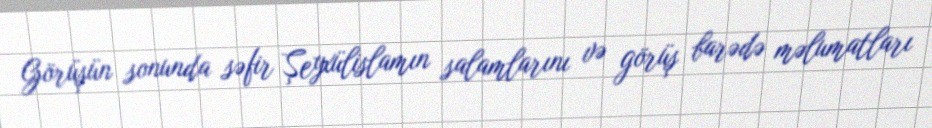
Görüşün sonunda səfir Şeyxülislamın salamlarını və görüş barədə məlumatları